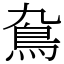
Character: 䲥